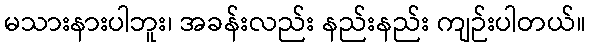
မသားနားပါဘူး၊ အခန်းလည်း နည်းနည်း ကျဉ်းပါတယ်။